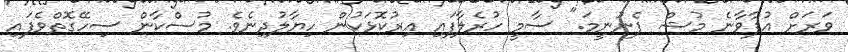
ވަރަށް އުފާވާނެ މުޝް ފެނުނީމަ." ސާމީ ހުރެލާފައި އިރުކޮޅަކުން ހިޔާލުދިނެވެ. މުސްކާން ސިހޭގޮތްވެފައި